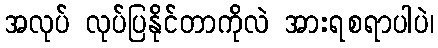
အလုပ် လုပ်ပြနိုင်တာကိုလဲ အားရစရာပါပဲ၊